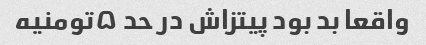
واقعا بد بود پیتزاش در حد ۵تومنیه